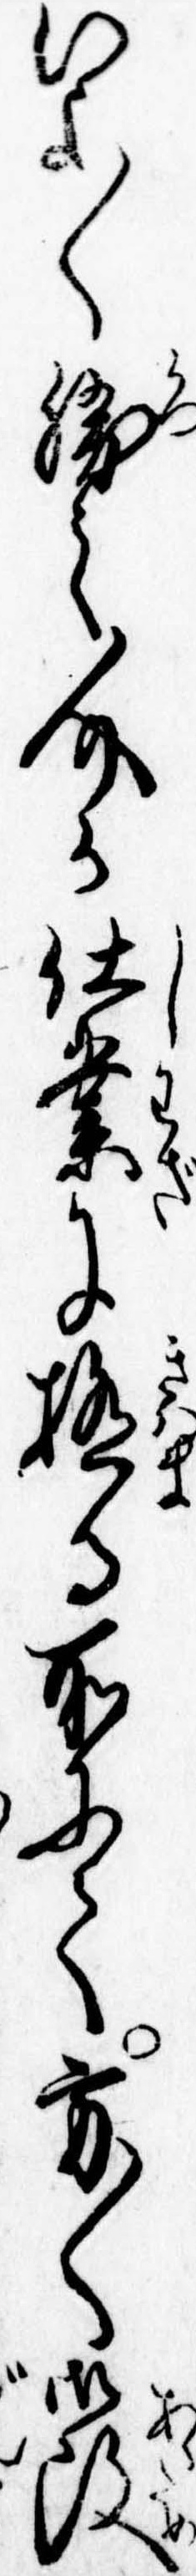
いよ〱勝之介か仕業に極る所にて方〱御改